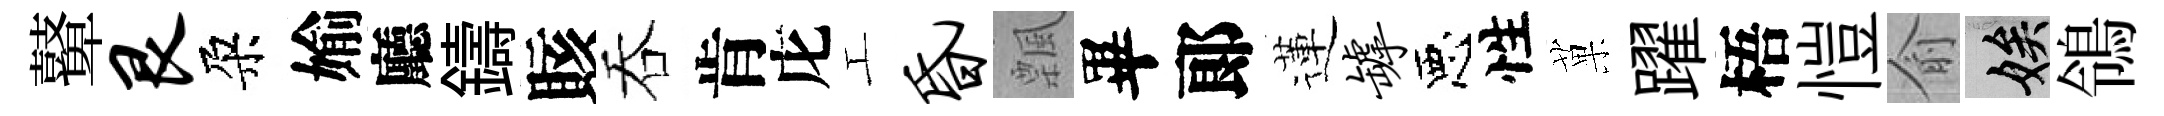
鼙艮朶媮廳鑄賅吞肯庀工昏飄畢郞蓮罅惡性菓躍梧愷俞娭鴒